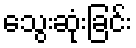
သွေးဆုံးခြင်း